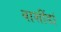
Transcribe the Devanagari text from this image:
वाशींडां